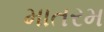
માતરમ